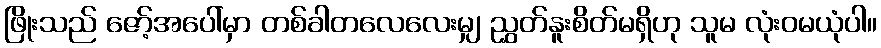
ဖြိုးသည် ဇော့်အပေါ်မှာ တစ်ခါတလေလေးမျှ ညွှတ်နူးစိတ်မရှိဟု သူမ လုံးဝမယုံပါ။